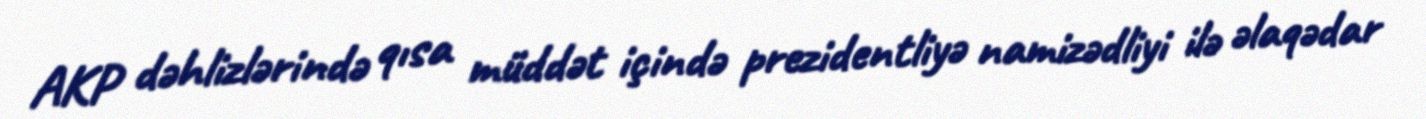
AKP dəhlizlərində qısa müddət içində prezidentliyə namizədliyi ilə əlaqədar